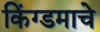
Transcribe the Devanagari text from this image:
किंग्डमाचे